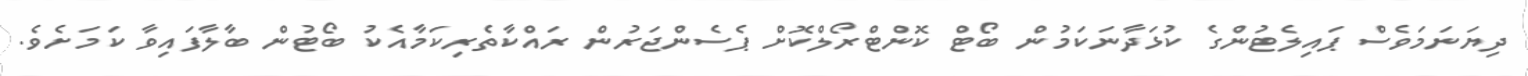
ދިޔަނަމަވެސް ޕައިލެޓުންގެ ކުޅަދާނަކަމުން ބޯޓް ކޮންޓްރޯލްކޮށް ޕެސެންޖަރުން ރައްކާތެރިކަމާއެކު ބޯޓުން ބާލާފައިވާ ކަމަށެވެ.